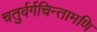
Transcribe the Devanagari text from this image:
चतुर्वर्गचिन्तामणि